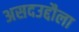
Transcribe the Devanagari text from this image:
असदउद्दौला